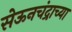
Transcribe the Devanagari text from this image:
सेऊनचंद्राच्या